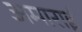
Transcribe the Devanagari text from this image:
अमाराई